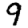
Digit: 9